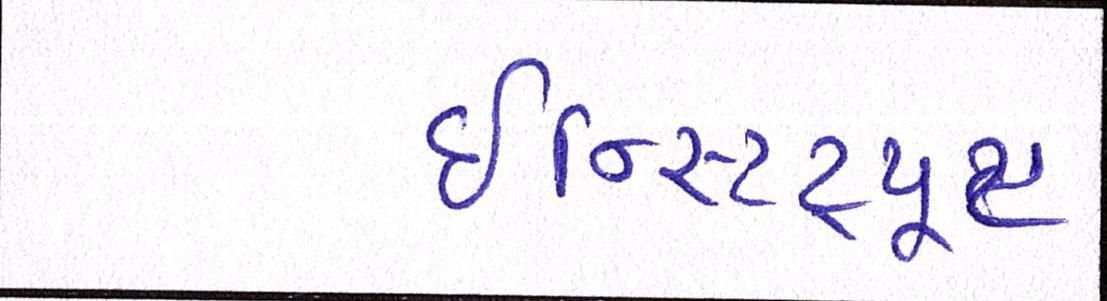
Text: ઇન્સ્ટિટ્યૂટ